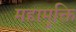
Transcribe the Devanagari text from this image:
महामुक्ति